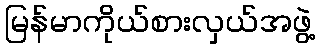
မြန်မာကိုယ်စားလှယ်အဖွဲ့